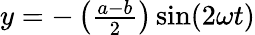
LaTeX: y=-\left({\begin{array}{l}{{\frac{a-b}{2}}}\end{array}}\right)\sin(2\omega t)